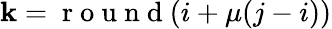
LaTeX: \mathbf{k}=\mathrm{{~r~o~u~n~d~}}(i+\mu(j-i))